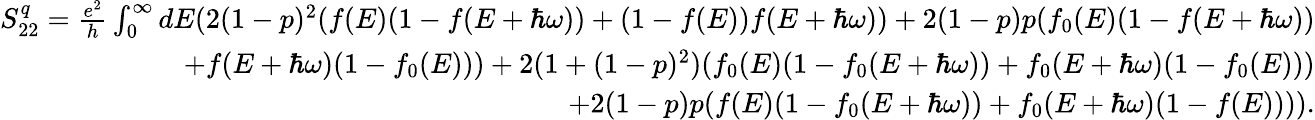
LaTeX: \begin{array}{r}{S_{22}^{q}=\frac{e^{2}}{h}\int_{0}^{\infty}dE(2(1-p)^{2}(f(E)(1-f(E+\hbar\omega))+(1-f(E))f(E+\hbar\omega))+2(1-p)p(f_{0}(E)(1-f(E+\hbar\omega))}\\ {+f(E+\hbar\omega)(1-f_{0}(E)))+2(1+(1-p)^{2})(f_{0}(E)(1-f_{0}(E+\hbar\omega))+f_{0}(E+\hbar\omega)(1-f_{0}(E)))}\\ {+2(1-p)p(f(E)(1-f_{0}(E+\hbar\omega))+f_{0}(E+\hbar\omega)(1-f(E)))).}\end{array}